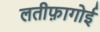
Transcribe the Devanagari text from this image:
लतीफ़ागोई